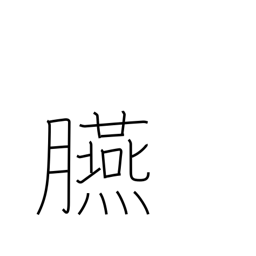
Meaning: rouge